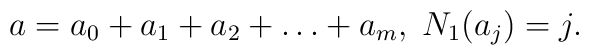
a= a_0 + a_1 + a_2 + \dots + a_m, \; N_1(a_j) = j.